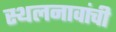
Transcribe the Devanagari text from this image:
स्थलनावांची